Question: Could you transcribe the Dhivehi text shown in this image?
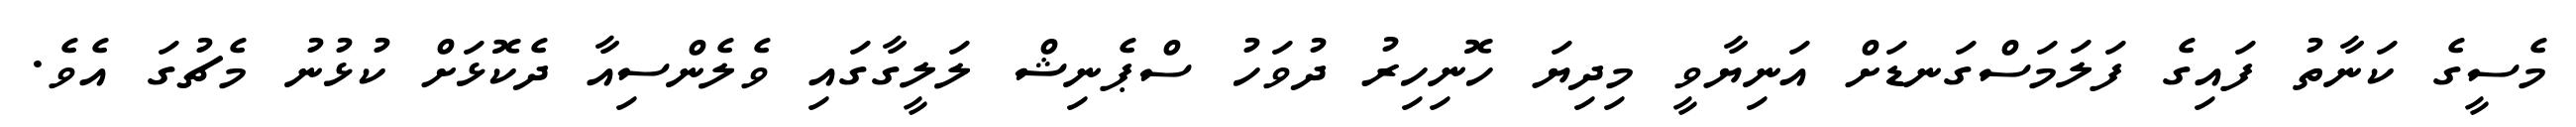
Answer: މެސީގެ ކަނާތު ފައިގެ ފަލަމަސްގަނޑަށް އަނިޔާވީ މިދިޔަ ހޮނިހިރު ދުވަހު ސްޕެނިޝް ލަލީގާގައި ވެލެންސިއާ ދެކޮޅަށް ކުޅުނު މެޗުގަ އެވެ.